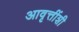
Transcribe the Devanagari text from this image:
आवृत्तींशी